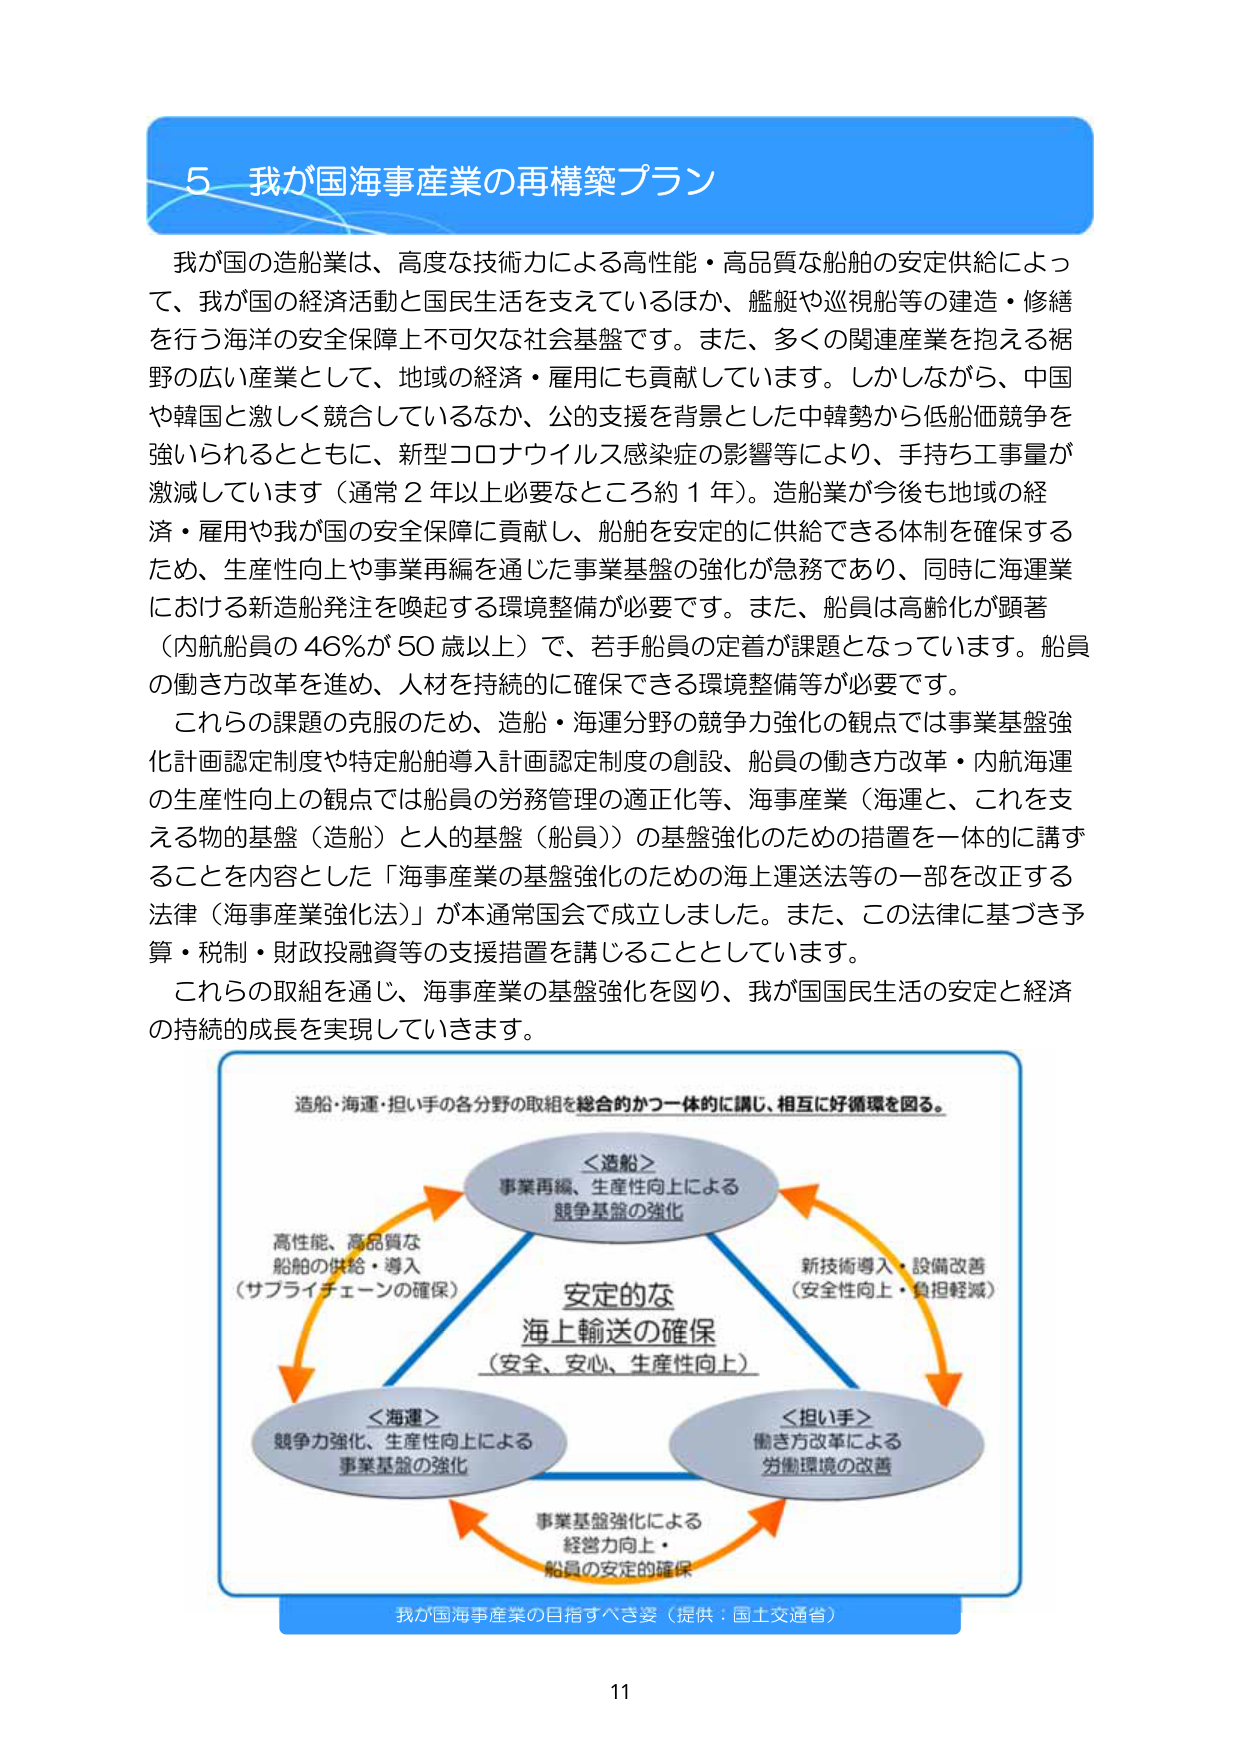
5 我が国海事産業の再構築プラン

我が国の造船業は、高度な技術力による高性能・高品質な船舶の安定供給によって、我が国の経済活動と国民生活を支えているほか、艦艇や巡視船等の建造・修繕を行う海洋の安全保障上不可欠な社会基盤です。また、多くの関連産業を抱える裾野の広い産業として、地域の経済・雇用にも貢献しています。しかしながら、中国や韓国と激しく競合しているなか、公的支援を背景とした中韓勢から低船価競争が強いられるとともに、新型コロナウイルス感染症の影響等により、手持ち工事量が激減しています（通常2年以上必要なところ約1年）。造船業が今後も地域の経済・雇用や我が国の安全保障に貢献し、船舶を安定的に供給できる体制を確保するため、生産性向上や事業再編を通じた事業基盤の強化が急務であり、同時に海運業における新造船発注を喚起する環境整備が必要です。また、船員は高齢化が顕著（内航船員の46％が50歳以上）で、若手船員の定着が課題となっています。船員の働き方改革を進め、人材を持続的に確保できる環境整備等が必要です。

これらの課題の克服のため、造船・海運分野の競争力強化の観点では事業基盤強化計画認定制度や特定船舶導入計画認定制度の創設、船員の働き方改革・内航海運の生産性向上の観点では船員の労務管理の適正化等、海事産業（海運と、これを支える物的基盤（造船）と人的基盤（船員））の基盤強化のための措置を一体的に講ずることを内容とした「海事産業の基盤強化のための海上運送法等の一部を改正する法律（海事産業強化法）」が本通常国会で成立しました。また、この法律に基づき予算・税制・財政投融資等の支援措置を講じることとしています。

これらの取組を通じ、海事産業の基盤強化を図り、我が国国民生活の安定と経済の持続的成長を実現していきます。

造船・海運・担い手の各分野の取組を総合的かつ一体的に講じ、相互に好循環を図る。

＜造船＞
事業再編、生産性向上による
競争基盤の強化

高性能、高品質な
船舶の供給・導入
（サプライチェーンの確保）

安定的な
海上輸送の確保
（安全、安心、生産性向上）

新技術導入・設備改善
（安全性向上・負担軽減）

＜海運＞
競争力強化、生産性向上による
事業基盤の強化

＜担い手＞
働き方改革による
労働環境の改善

事業基盤強化による
経営力向上・
船員の安定的確保

我が国海事産業の目指すべき姿（提供：国土交通省）

11